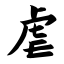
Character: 虐